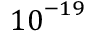
{ 1 0 } ^ { \ensuremath { - } 1 9 }